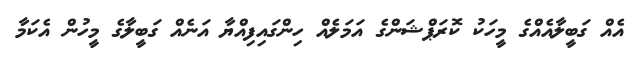
އެއް ގަބީލާއެއްގެ މީހަކު ކޮރަޕްޝަންގެ އަމަލެއް ހިންގައިފިއްޔާ އަނެއް ގަބީލާގެ މީހުން އެކަމާ